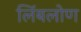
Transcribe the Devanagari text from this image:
लिंबलोण